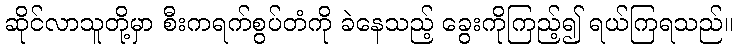
ဆိုင်လာသူတို့မှာ စီးကရက်စွပ်တံကို ခဲနေသည့် ခွေးကိုကြည့်၍ ရယ်ကြရသည်။